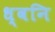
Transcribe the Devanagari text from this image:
ध्‍वनि